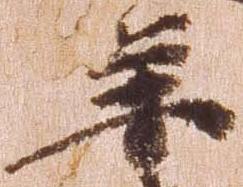
年